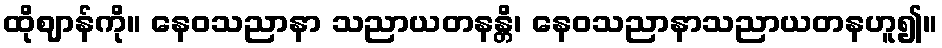
ထိုဈာန်ကို။ နေဝသညာနာ သညာယတနန္တိ၊ နေဝသညာနာသညာယတနဟူ၍။